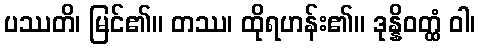
ပဿတိ၊ မြင်၏။ တဿ၊ ထိုရဟန်း၏။ ဒုန္နိဝတ္ထံ ဝါ၊